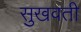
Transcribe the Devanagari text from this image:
सुखवती